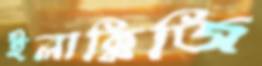
ইলাক্কিজি